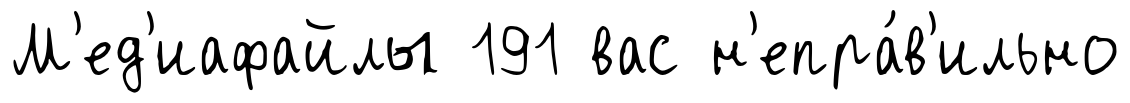
М'ед'иафайлы 191 вас н'епра́в'ильно